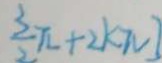
\frac { 3 } { 2 } \pi + 2 k \pi ]